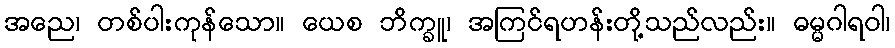
အညေ၊ တစ်ပါးကုန်သော။ ယေစ ဘိက္ခူ၊ အကြင်ရဟန်းတို့သည်လည်း။ ဓမ္မဂါရဝါ၊